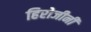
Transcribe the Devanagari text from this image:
हिरोजीनी